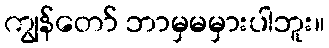
ကျွန်တော် ဘာမှမမှားပါဘူး။